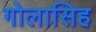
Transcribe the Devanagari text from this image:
गोलासिह